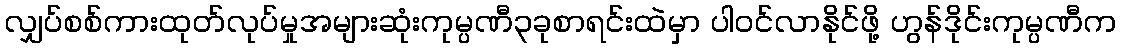
လျှပ်စစ်ကားထုတ်လုပ်မှုအများဆုံးကုမ္ပဏီ၃ခုစာရင်းထဲမှာ ပါဝင်လာနိုင်ဖို့ ဟွန်ဒိုင်းကုမ္ပဏီက